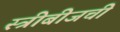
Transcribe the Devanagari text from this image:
स्त्रीबीजची